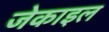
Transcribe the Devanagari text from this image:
जेकाइल